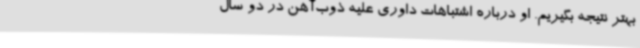
بهتر نتیجه بگیریم. او درباره اشتباهات داوری علیه ذوب‌آهن در دو سال